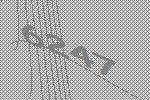
6247